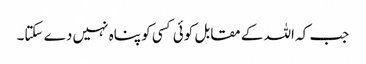
جب کہ اللہ کے مقابل کوئی کسی کو پناہ نہیں دے سکتا۔